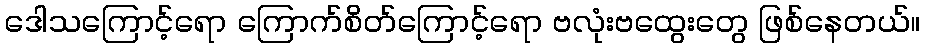
ဒေါသကြောင့်ရော ကြောက်စိတ်ကြောင့်ရော ဗလုံးဗထွေးတွေ ဖြစ်နေတယ်။